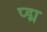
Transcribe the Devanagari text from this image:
प्द्म